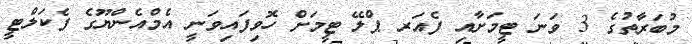
މުބަރާތުގެ 3 ވަނަ ޓީމަށާއި ފެއަރ ޕްލޭ ޓީމަށް ހޮވިފައިވަނީ އެމްއެންޔޫގެ ފެކަލްޓީ